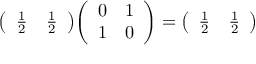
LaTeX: { \left( \begin{array} { l l } { { \frac { 1 } { 2 } } } & { { \frac { 1 } { 2 } } } \end{array} \right) } { \left( \begin{array} { l l } { 0 } & { 1 } \\ { 1 } & { 0 } \end{array} \right) } = { \left( \begin{array} { l l } { { \frac { 1 } { 2 } } } & { { \frac { 1 } { 2 } } } \end{array} \right) }